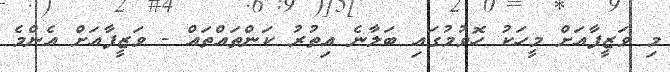
މި ވަޒީފާއަށް މީހަކު ހޮވުމުގައި ބަލާނެ އިތުރު ކަންތައްތައް - ވަޒީފާއަށް އެންމެ